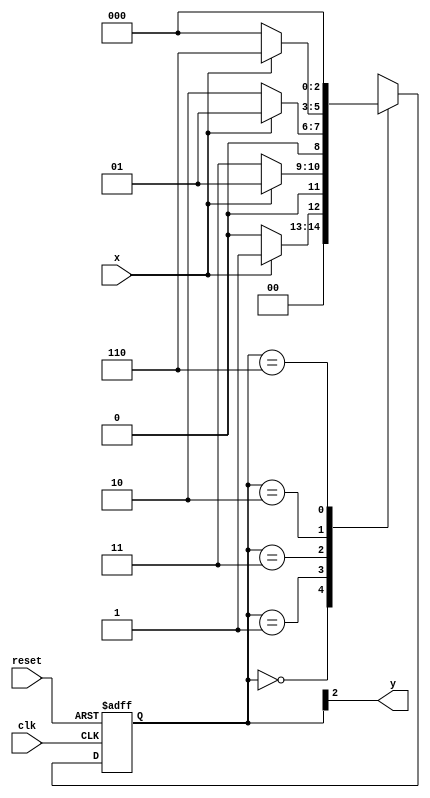
// ------------------------- 
// Moore 1001  
// Nome: Ana Cristina Pereira Teixeira
// -------------------------

// -------------- 
// --- Moore FSM 
// --------------
 
/* 
               Moore FSM Diagram 
              ____________________ 
             /                    \ 
         1 1 v   0         1    1 | // found 
[start]--->[id1]--->[id11]--->[id110]--->[id1101] 
 ^ \0     0 |       1/ ^        0 |        0 | 
  \_/       /       \__/          |          | 
   \_______/                      /          | 
    \                            /           / 
     \__________________________/           / 
      \                                    / 
       \__________________________________/ 

*/ 

// constant definition 
   `define found 1 
   `define notfound 0 

// FSM by Moore 
   module moore1001 ( y, x, clk, reset ); 
    output y; 
    input x; 
    input clk; 
    input reset; 
	 
    reg y; 
	 
   parameter // state identifiers 
     start = 3'b000, 
     id1 = 3'b001, 
     id11 = 3'b011, 
     id110 = 3'b010, 
     id1101 = 3'b110; // signal found 

     reg [2:0] E1; // current state variables 
     reg [2:0] E2; // next state logic output 

// next state logic 
   always @( x or E1 ) 
    begin 
     case( E1 ) 
      start: 
       if ( x ) 
        E2 = id1; 
       else 
        E2 = start; 
      id1: 
       if ( x ) 
        E2 = id1; 
       else 
        E2 = id11; 
      id11: 
       if ( x ) 
        E2 = id1; 
       else 
        E2 = id110; 
      id110: 
       if ( x ) 
        E2 = id1101; 
       else 
        E2 = start; 
      id1101: 
       if ( x ) 
        E2 = start; 
       else 
        E2 = start; 

default: // undefined statee 
 E2 = 3'bxxx; 
endcase 
end // always at signal or state changing 

// state variables 
   always @( posedge clk or negedge reset ) 
     begin 
      if ( reset ) 
       E1 = E2; // updates current state 
      else 
       E1 = 0; // reset 
      end // always at signal changing 

// output logic 
   always @( E1 ) 
     begin 
       y = E1[2]; // first bit of state value 
    end // always at state changing 
	 
  endmodule // moore1001